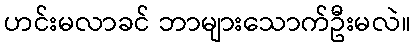
ဟင်းမလာခင် ဘာများသောက်ဦးမလဲ။